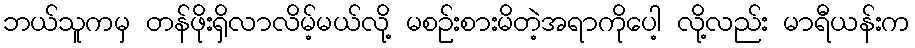
ဘယ်သူကမှ တန်ဖိုးရှိလာလိမ့်မယ်လို့ မစဉ်းစားမိတဲ့အရာကိုပေါ့ လို့လည်း မာရီယန်းက